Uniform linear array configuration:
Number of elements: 48
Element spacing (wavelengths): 0.25
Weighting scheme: uniform
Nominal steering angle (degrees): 45
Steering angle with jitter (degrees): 45.584
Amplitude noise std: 0.05
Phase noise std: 0.05

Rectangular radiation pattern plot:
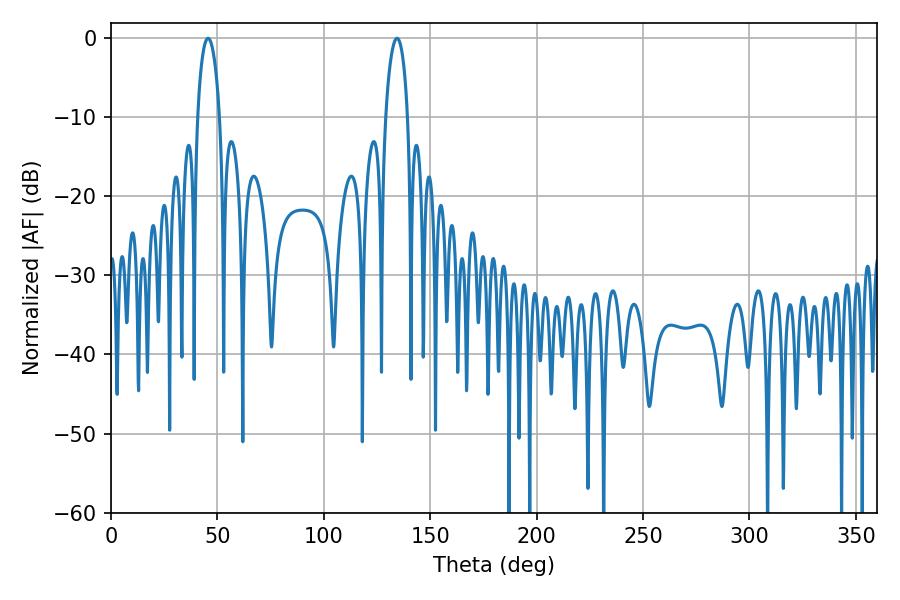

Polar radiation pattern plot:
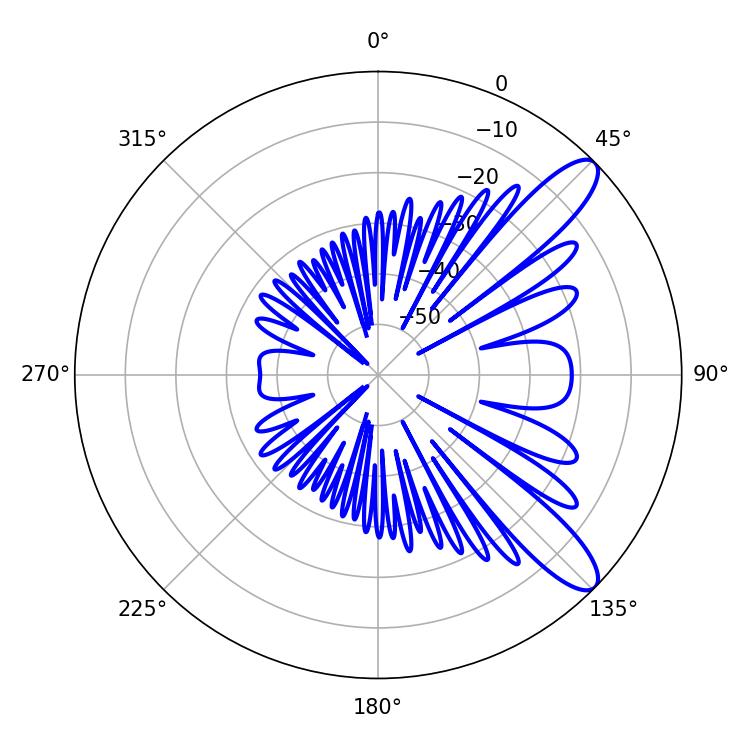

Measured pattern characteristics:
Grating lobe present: FALSE
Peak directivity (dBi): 10.678
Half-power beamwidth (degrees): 5.94
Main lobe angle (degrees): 45.54